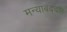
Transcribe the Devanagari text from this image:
मन्याबद्दल